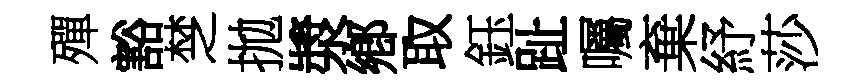
殫豁椘拋漿鄕取鈺趾囑棄紓莎